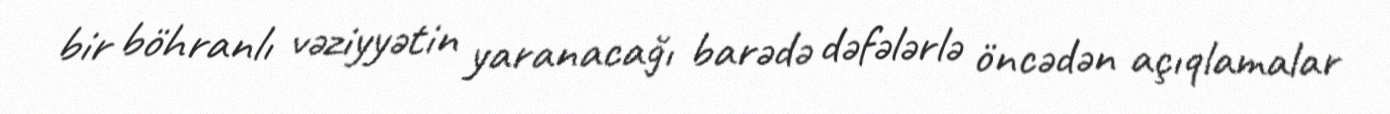
bir böhranlı vəziyyətin yaranacağı barədə dəfələrlə öncədən açıqlamalar